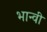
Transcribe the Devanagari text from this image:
भान्वी